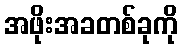
အဖိုးအခတစ်ခုကို